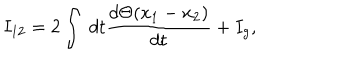
I _ { 1 2 } = 2 \int \; d t \frac { d \Theta ( x _ { 1 } - x _ { 2 } ) } { d t } + I _ { g } ,